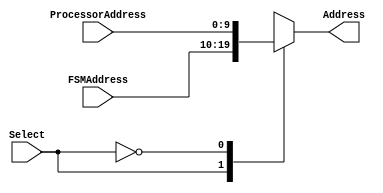
module CacheAddressMux#(
parameter     ADDRESS_WIDTH                =10
)
(
input                                   Select,
input         [(ADDRESS_WIDTH-1):0]        FSMAddress,
input         [(ADDRESS_WIDTH-1):0]        ProcessorAddress,
output reg    [(ADDRESS_WIDTH-1):0]        Address
    );
	 
	 /*reg [1:0] memory_data_sel=0;
	 always begin
		memory_data_sel=memory_data_select;
	 end*/
	 
	 always @* 
	 begin
		case (Select)
			1'b1: begin
						Address=FSMAddress;
						//$display($time,"*****Data is selected from memory  : 00 ****");
					end
			1'b0: begin 
						Address=ProcessorAddress;
						//$display($time,"*****Data is selected from cache*****");
					end
		endcase
	end
endmodule